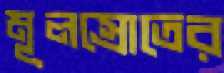
মূলস্রোতের